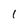
Character: 1